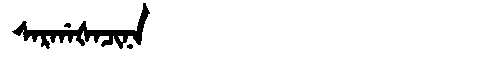
Manchu: ᠰᠠᡵᡤᠠᡧᠠᠴᡳᠨᠠ
Romanization: SARGAŠACINA